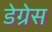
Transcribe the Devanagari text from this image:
डेग्रेस